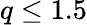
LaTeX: q\leq 1.5